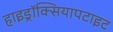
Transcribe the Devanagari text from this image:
हाइड्रॉक्सियापटाइट